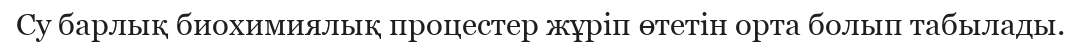
Су барлық биохимиялық процестер жұрiп өтетiн орта болып табылады.